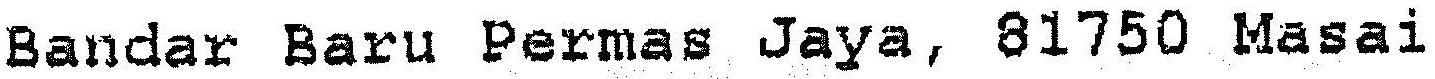
BANDAR BARU PERMAS JAYA, 81750 MASAI